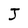
Character: J